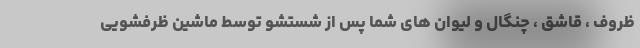
ظروف ، قاشق ، چنگال و لیوان های شما پس از شستشو توسط ماشین ظرفشویی